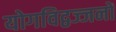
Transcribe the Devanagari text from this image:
योगविद्वज्जनों